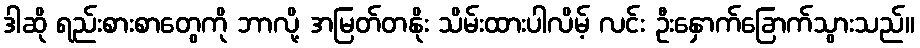
ဒါဆို ရည်းစားစာတွေကို ဘာလို့ အမြတ်တနိုး သိမ်းထားပါလိမ့် လင်း ဦးနှောက်ခြောက်သွားသည်။